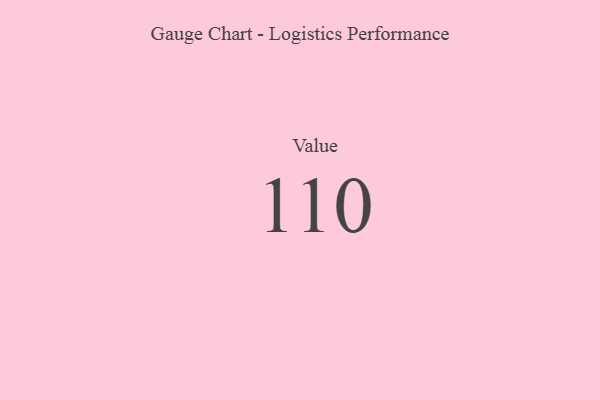
{"axis": {"x": "Metric", "y": "Value"}, "legend": [""], "data": [{"x": "Value", "y": 110, "type": ""}]}